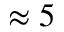
\approx 5